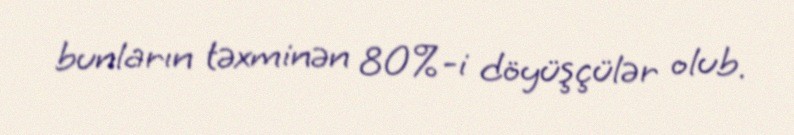
bunların təxminən 80%-i döyüşçülər olub.